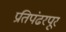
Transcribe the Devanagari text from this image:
प्रतिपंढरपूर